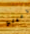
ريبلي